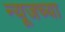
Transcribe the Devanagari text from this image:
न्यूजच्या